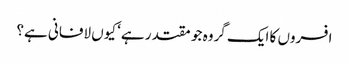
افسروں کا ایک گروہ جو مقتدر ہے‘ کیوں لافانی ہے؟